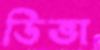
ডিভা